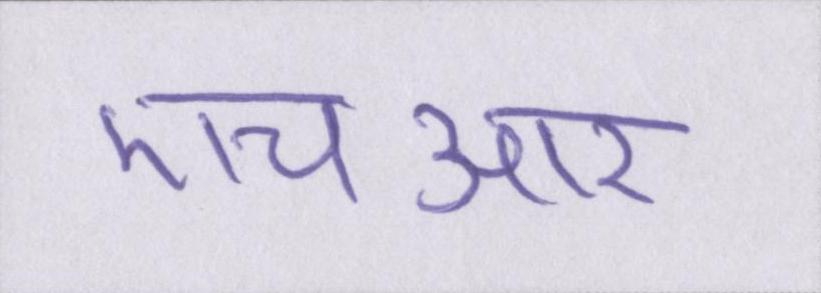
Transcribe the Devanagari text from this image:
एचआर